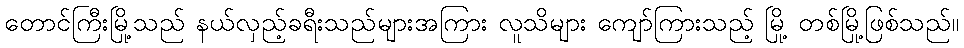
တောင်ကြီးမြို့သည် နယ်လှည့်ခရီးသည်များအကြား လူသိများ ကျော်ကြားသည့် မြို့ တစ်မြို့ဖြစ်သည်။